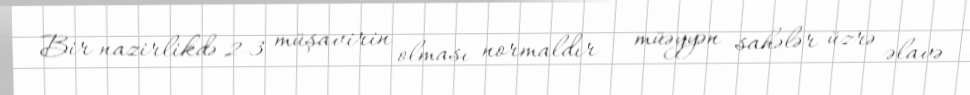
Bir nazirlikdə 2-3 müşavirin olması normaldır - müəyyən sahələr üzrə əlavə